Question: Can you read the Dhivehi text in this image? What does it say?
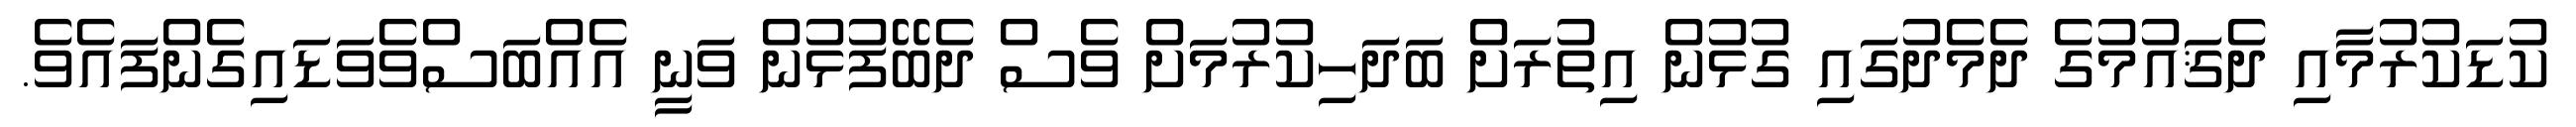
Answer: ކުޑަކުރުމާއި ދެޤައުމުގެ ދެމެދުގައި ގުޅުން އިތުރަށް ބަދަހިކުރުމަށް ވެސް ދެބޭފުޅުން ވަނީ އެއްބަސްވެވަޑައިގެންފައެވެ.